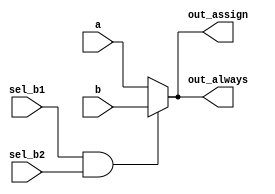
// synthesis verilog_input_version verilog_2001
module top_module(
    input a,
    input b,
    input sel_b1,
    input sel_b2,
    output wire out_assign,
    output reg out_always   ); 
    
    assign out_assign = (sel_b1 & sel_b2)? b : a;
    
    always @(*) begin
        if(sel_b1 & sel_b2)
            out_always = b;
        else
            out_always = a;
    end

endmodule